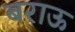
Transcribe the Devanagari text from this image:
बराऊ